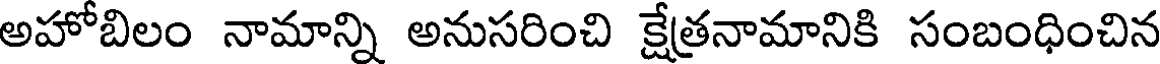
అహోబిలం నామాన్ని అనుసరించి క్షేత్రనామానికి సంబంధించిన